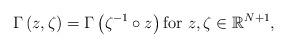
LaTeX: \begin{align*}\Gamma\left( z,\zeta\right) =\Gamma \left( \zeta^{-1}\circ z\right) \text{for }z,\zeta\in\mathbb{R}^{N+1},\end{align*}